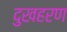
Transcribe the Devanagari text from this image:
दुखहरण